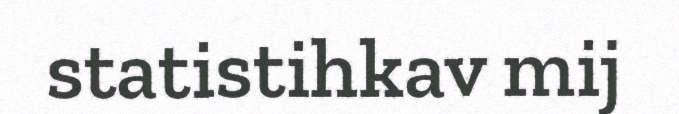
statistihkav mij